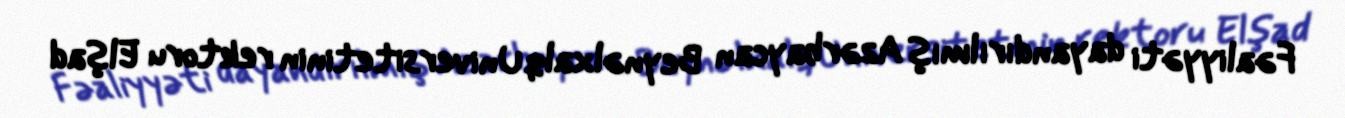
Fəaliyyəti dayandırılmış Azərbaycan Beynəlxalq Universitetinin rektoru Elşad